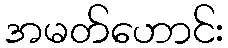
အမတ်ဟောင်း